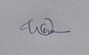
Signature authenticity: genuine